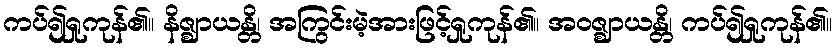
ကပ်၍ရှုကုန်၏။ နိဇ္ဈာယန္တိ၊ အကြွင်းမဲ့အားဖြင့်ရှုကုန်၏။ အဝဇ္ဈာယန္တိ၊ ကပ်၍ရှုကုန်၏။